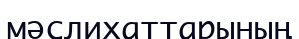
мәслихаттарының